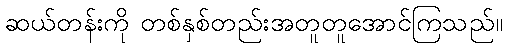
ဆယ်တန်းကို တစ်နှစ်တည်းအတူတူအောင်ကြသည်။